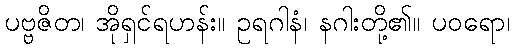
ပဗ္ဗဇိတ၊ အိုရှင်ရဟန်း။ ဥရဂါနံ၊ နဂါးတို့၏။ ပဝရော၊